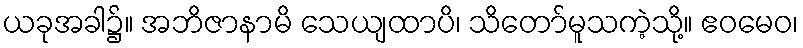
ယခုအခါ၌။ အဘိဇာနာမိ သေယျထာပိ၊ သိတော်မူသကဲ့သို့။ ဧဝမေဝ၊